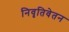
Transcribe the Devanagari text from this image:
निवृतिवेतन